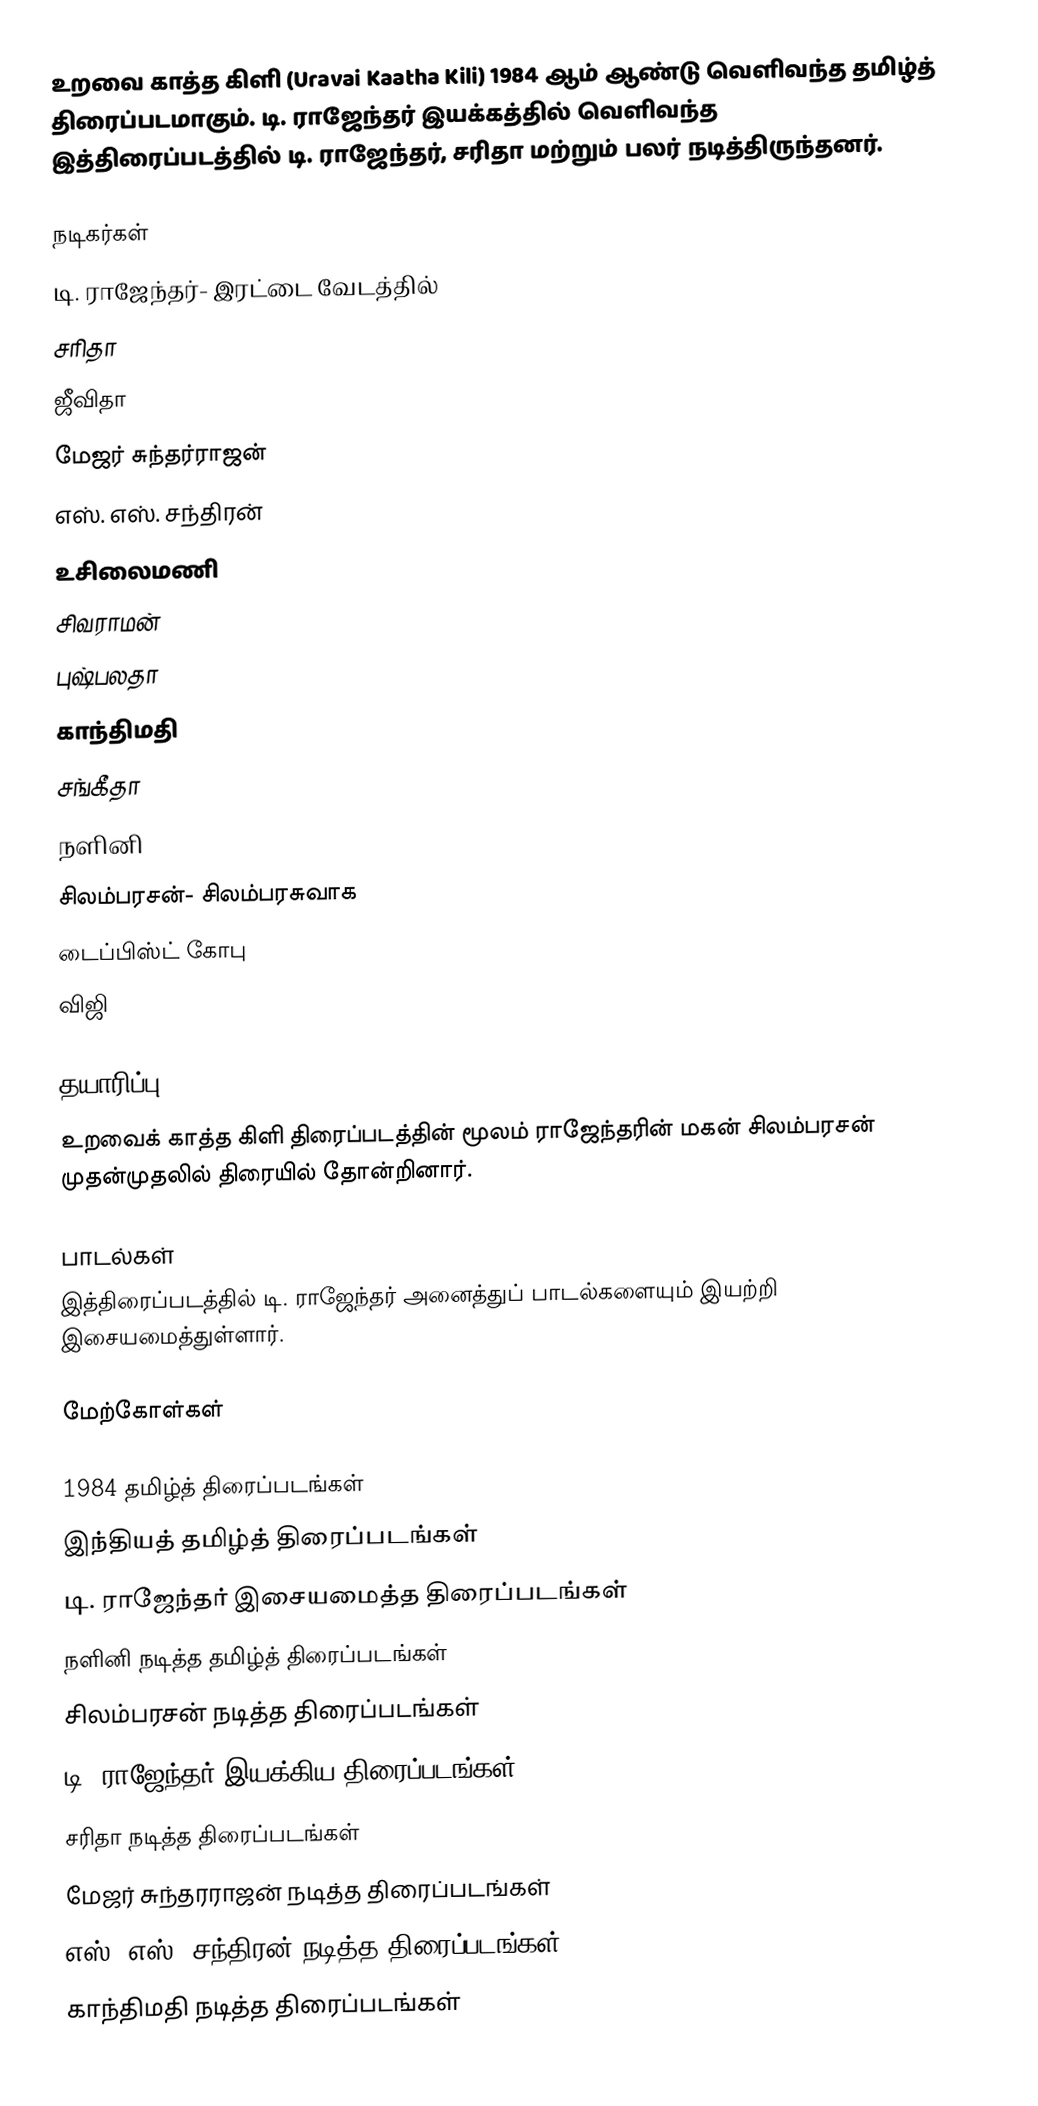
உறவை காத்த கிளி (Uravai Kaatha Kili) 1984 ஆம் ஆண்டு வெளிவந்த தமிழ்த் திரைப்படமாகும். டி. ராஜேந்தர் இயக்கத்தில் வெளிவந்த இத்திரைப்படத்தில் டி. ராஜேந்தர், சரிதா மற்றும் பலர் நடித்திருந்தனர்.

நடிகர்கள்
 டி. ராஜேந்தர்- இரட்டை வேடத்தில்
 சரிதா
 ஜீவிதா
 மேஜர் சுந்தர்ராஜன்
 எஸ். எஸ். சந்திரன்
 உசிலைமணி
 சிவராமன்
 புஷ்பலதா
 காந்திமதி
 சங்கீதா
 நளினி
 சிலம்பரசன்- சிலம்பரசுவாக
 டைப்பிஸ்ட் கோபு
 விஜி

தயாரிப்பு
உறவைக் காத்த கிளி திரைப்படத்தின் மூலம் ராஜேந்தரின் மகன் சிலம்பரசன் முதன்முதலில் திரையில் தோன்றினார்.

பாடல்கள்
இத்திரைப்படத்தில் டி. ராஜேந்தர் அனைத்துப் பாடல்களையும் இயற்றி இசையமைத்துள்ளார்.

மேற்கோள்கள்

1984 தமிழ்த் திரைப்படங்கள்
இந்தியத் தமிழ்த் திரைப்படங்கள்
டி. ராஜேந்தர் இசையமைத்த திரைப்படங்கள்
நளினி நடித்த தமிழ்த் திரைப்படங்கள்
சிலம்பரசன் நடித்த திரைப்படங்கள்
டி. ராஜேந்தர் இயக்கிய திரைப்படங்கள்
சரிதா நடித்த திரைப்படங்கள்
மேஜர் சுந்தரராஜன் நடித்த திரைப்படங்கள்
எஸ். எஸ். சந்திரன் நடித்த திரைப்படங்கள்
காந்திமதி நடித்த திரைப்படங்கள்